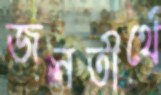
জনতীর্থে